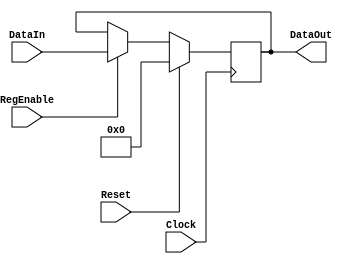
`timescale 1ns / 1ps
//////////////////////////////////////////////////////////////////////////////////
// Company: Rouge Squadron
// 
// Design Name: 
// Module Name:    Register 
// Project Name: 
// Target Devices: 
// Tool versions: 
// Description: 
//
// Dependencies: 
//
// Revision: 
// Revision 0.01 - File Created
// Additional Comments: 
//
//////////////////////////////////////////////////////////////////////////////////
module Register(
    input Clock,
	 input Reset,
	 input RegEnable,
    input [15:0] DataIn,
    output reg [15:0] DataOut
    );

always@(posedge Clock)
begin

if(Reset==1)
begin
DataOut=0;
end
else if(RegEnable==1)
begin
DataOut=DataIn;
end
end


endmodule